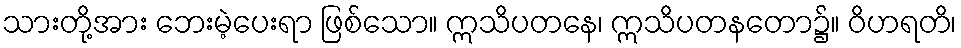
သားတို့အား ဘေးမဲ့ပေးရာ ဖြစ်သော။ ဣသိပတနေ၊ ဣသိပတနတော၌။ ဝိဟရတိ၊